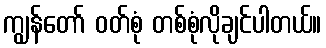
ကျွန်တော် ဝတ်စုံ တစ်စုံလိုချင်ပါတယ်။